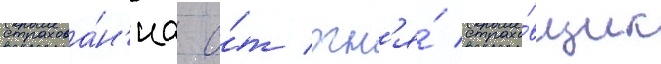
страхова́н'иа о́т огн'я́ страхо́вщик